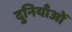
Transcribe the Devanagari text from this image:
दुनियाँओं